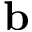
\mathbf { b }